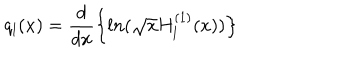
q _ { l } ( x ) = \frac { d } { d x } \Bigl \{ l n ( \sqrt { x } H _ { l } ^ { ( 1 ) } ( x ) ) \Bigl \}